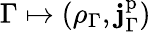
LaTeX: \Gamma\mapsto(\rho_{\Gamma},\mathbf{j}_{\Gamma}^{\mathrm{p}})